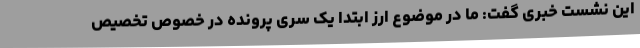
این نشست خبری گفت: ما در موضوع ارز ابتدا یک سری پرونده در خصوص تخصیص